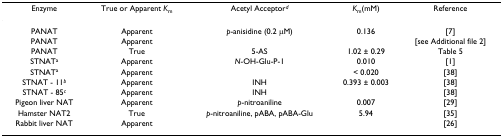
<table><thead><tr><td><b>Enzyme</b></td><td><b>True or Apparent <i>K</i><sub>m</sub></b></td><td><b>Acetyl Acceptor<sup><i>d</i></sup></b></td><td><b><i>K</i><sub>m</sub>(mM)</b></td><td><b>Reference</b></td></tr></thead><tbody><tr><td>PANAT</td><td>Apparent</td><td><i>p</i>-anisidine (0.2 μM)</td><td>0.136</td><td>[7]</td></tr><tr><td>PANAT</td><td>Apparent</td><td>[EMPTY_CELL]</td><td>[EMPTY_CELL]</td><td>[see Additional file 2]</td></tr><tr><td>PANAT</td><td>True</td><td>5-AS</td><td>1.02 ± 0.29</td><td>Table 5</td></tr><tr><td>STNAT<sup>a</sup></td><td>Apparent</td><td><i>N</i>-OH-Glu-P-1</td><td>0.010</td><td>[1]</td></tr><tr><td>STNAT<sup>a</sup></td><td>Apparent</td><td>[EMPTY_CELL]</td><td>&lt; 0.020</td><td>[38]</td></tr><tr><td>STNAT - 11<sup><i>b</i></sup></td><td>Apparent</td><td>INH</td><td>0.393 ± 0.003</td><td>[38]</td></tr><tr><td>STNAT - 85<sup><i>c</i></sup></td><td>Apparent</td><td>INH</td><td>[EMPTY_CELL]</td><td>[38]</td></tr><tr><td>Pigeon liver NAT</td><td>Apparent</td><td><i>p</i>-nitroaniline</td><td>0.007</td><td>[29]</td></tr><tr><td>Hamster NAT2</td><td>True</td><td><i>p</i>-nitroaniline, pABA, pABA-Glu</td><td>5.94</td><td>[35]</td></tr><tr><td>Rabbit liver NAT</td><td>Apparent</td><td>[EMPTY_CELL]</td><td>[EMPTY_CELL]</td><td>[26]</td></tr></tbody></table>